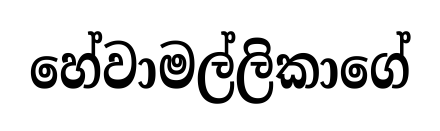
හේවාමල්ලිකාගේ